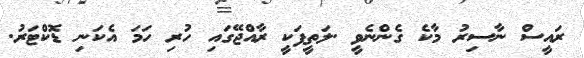
ރައީސް ނާސިރު މާކެ ގެންނެވީ .ލަތީފަކީ ރާއްޖޭގައި ހުރި ހަމަ އެކަނި ޑޮކްޓަރު.